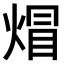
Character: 𤊻